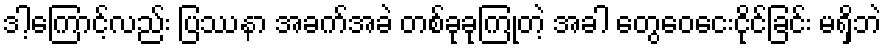
ဒါ့ကြောင့်လည်း ပြဿနာ အခက်အခဲ တစ်ခုခုကြုံတဲ့ အခါ တွေဝေငေးငိုင်ခြင်း မရှိဘဲ